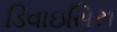
ડિવાઇસિસ